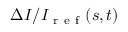
\Delta I / I _ { \mathrm { ~ r ~ e ~ f ~ } } ( s , t )